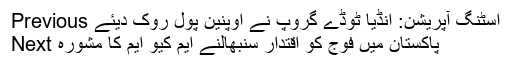
Previous اسٹنگ آپریشن: انڈیا ٹوڈے گروپ نے اوپنین پول روک دیئے
Next پاکستان میں فوج کو اقتدار سنبھالنے ایم کیو ایم کا مشورہ